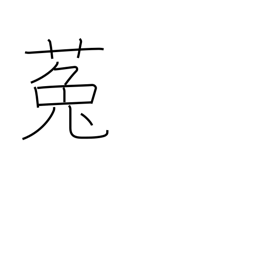
Meaning: dodder (plant)